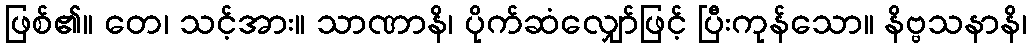
ဖြစ်၏။ တေ၊ သင့်အား။ သာဏာနိ၊ ပိုက်ဆံလျှော်ဖြင့် ပြီးကုန်သော။ နိဗ္ဗသနာနိ၊